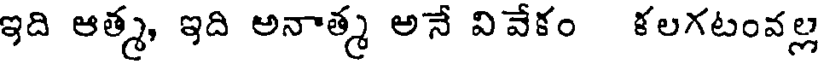
ఇది ఆత్మ, ఇది అనాత్మ అనే వివేకం కలగటంవల్ల